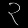
Digit: ၃